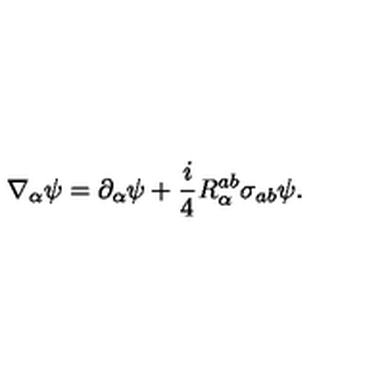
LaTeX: \nabla _ { \alpha } \psi = \partial _ { \alpha } \psi + \frac i 4 R _ { \alpha } ^ { a b } \sigma _ { a b } \psi .